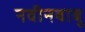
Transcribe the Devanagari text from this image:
नवीनबाबू